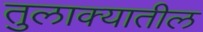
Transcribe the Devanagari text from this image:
तुलाक्यातील